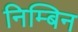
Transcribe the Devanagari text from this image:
निम्बिन